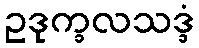
ဥဒုက္ခလသဒ္ဒံ